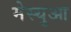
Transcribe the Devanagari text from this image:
मेस्युआ